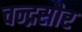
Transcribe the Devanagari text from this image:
चन्द्रसौर